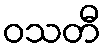
ဝသတီ